Scottish Education Department, 1921
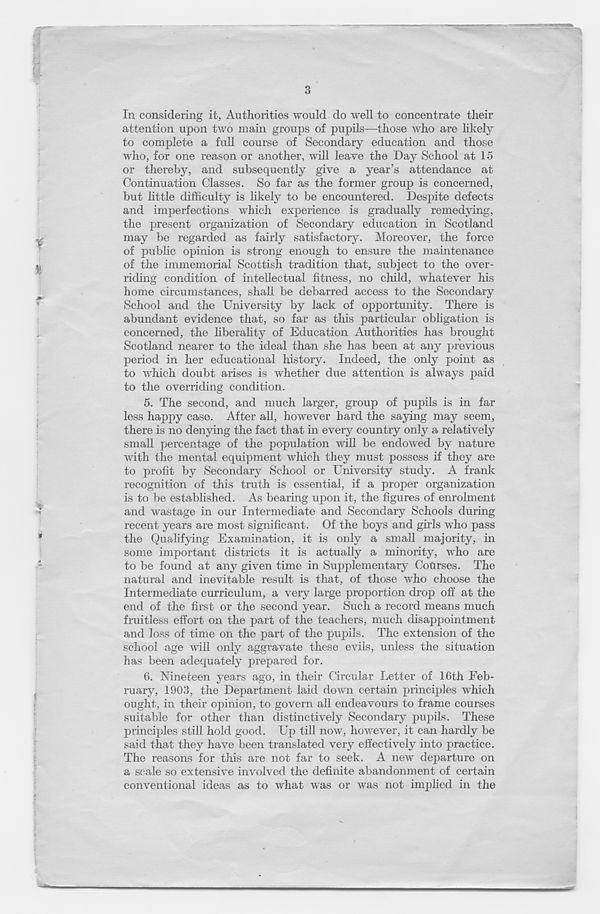
In. considering it, Authorities would do well to concentrate their
attention upon two main groups of pupils—those who are likely
to complete a full course of Secondary education and those
who, for one reason or another, will leave the Day School at 15
or thereby, and subsequently give a year’s attendance at
Continuation Classes. So far as the former group is concerned,
but little difficulty is likely to be encountered. Despite defects
and imperfections which experience is gradually remedying,
the present organization of Secondary education in Scotland
may be regarded as fairly satisfactory. Moreover, the force
of public opinion is strong enough to ensure the maintenance
of the immemorial Scottish tradition that, subject to the over-
riding condition of intellectual fitness, no child, whatever his
home circumstances, shall be debarred access to the Secondary
School and the University by lack of opportunity. There is
abundant evidence that, so far as this particular obligation is
concerned, the liberality of Education Authorities has brought
Scotland nearer to the ideal than she has been at any previous
period in her educational history. Indeed, the only point as
to which doubt arises is whether due attention is always paid
to the overriding condition.
5. The second, and much larger, group of pupils is in far
less happy case. After all, however hard the saying may seem,
there is no denying the fact that in every country only a relatively
small percentage of the population will be endowed by nature
with the mental equipment which they must possess if they are
to profit by Secondary School or University stud}'. A frank
recognition of this truth is essential, if a proper organization
is to be established. As bearing upon it, the figures of enrolment
and wastage in our Intermediate and Secondary Schools during
recent years are most significant. Of the boys and girls who pass
the Qualifying Examination, it is only a small majority, in
some important districts it is actually a minority, who are
to be found at any given time in Supplementary Courses. The
natural and inevitable result is that, of those who choose the
Intermediate curriculum, a very large proportion drop off at the
end of the first or the second year. Such a record means much
fruitless effort on the part of the teachers, much disappointment
and loss of time on the part of the pupils. The extension of the
school age will only aggravate these evils, unless the situation
has been adequately prepared for.
6. Nineteen years ago, in their Circular Letter of 16th Feb-
ruary, 1903, the Department laid down certain principles which
ought, in their opinion, to govern all endeavours to frame courses
suitable for other than distinctively Secondary pupils. These
principles still hold good. Up till now, however, it can hardly be
said that they have been translated very effectively into practice.
The reasons for this are not far to seek. A new departure on
a scale so extensive involved the definite abandonment of certain
conventional ideas as to what was or was not implied in the